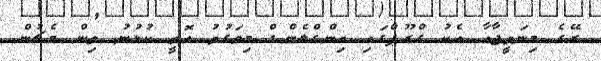
ރޭގެ މިނަތީޖާއާ އެކު ގްރޫޕްގައި އިންގްލެންޑް މިވަގުތު އޮތީ ކުޅުނު ތިން މެޗުން